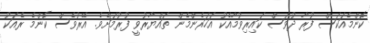
ކޮންމެއަކަސް ފުރާ ދުވަސް ކައިރިވުމާއެކު އަހަރެންމެން ތައްޔާރުވީ ފުރުމަށެވެ. އޭރުވެސް ކޮންމެ ރެއަކު